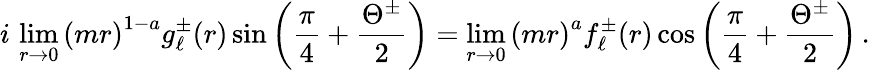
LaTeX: i\, \operatorname*{lim}_{r\rightarrow 0}\left(mr\right)^{1-a}g_{\ell}^{\pm}(r)\sin\left(\frac{\pi}{4}+\frac{\Theta^{\pm}}{2}\right)=\operatorname*{lim}_{r\rightarrow 0}\left(mr\right)^{a}f_{\ell}^{\pm}(r)\cos\left(\frac{\pi}{4}+\frac{\Theta^{\pm}}{2}\right)\, .